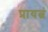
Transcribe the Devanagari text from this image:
प्रायत्वं